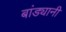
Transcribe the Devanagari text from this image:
बांड्यानी